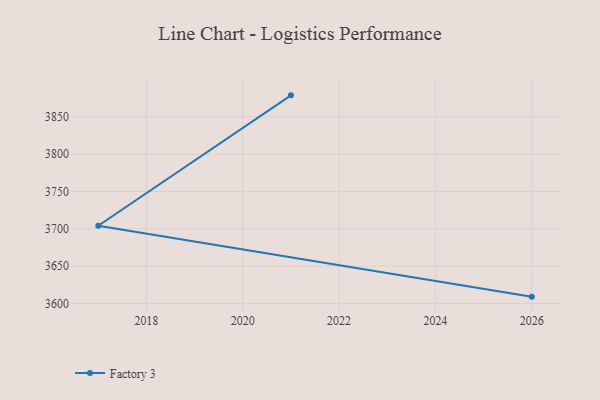
{"axis": {"x": "Year", "y": "Backlog"}, "legend": ["Factory 3"], "data": [{"x": "2026", "y": 3609.1, "type": "Factory 3"}, {"x": "2017", "y": 3704.1, "type": "Factory 3"}, {"x": "2021", "y": 3878.7, "type": "Factory 3"}]}